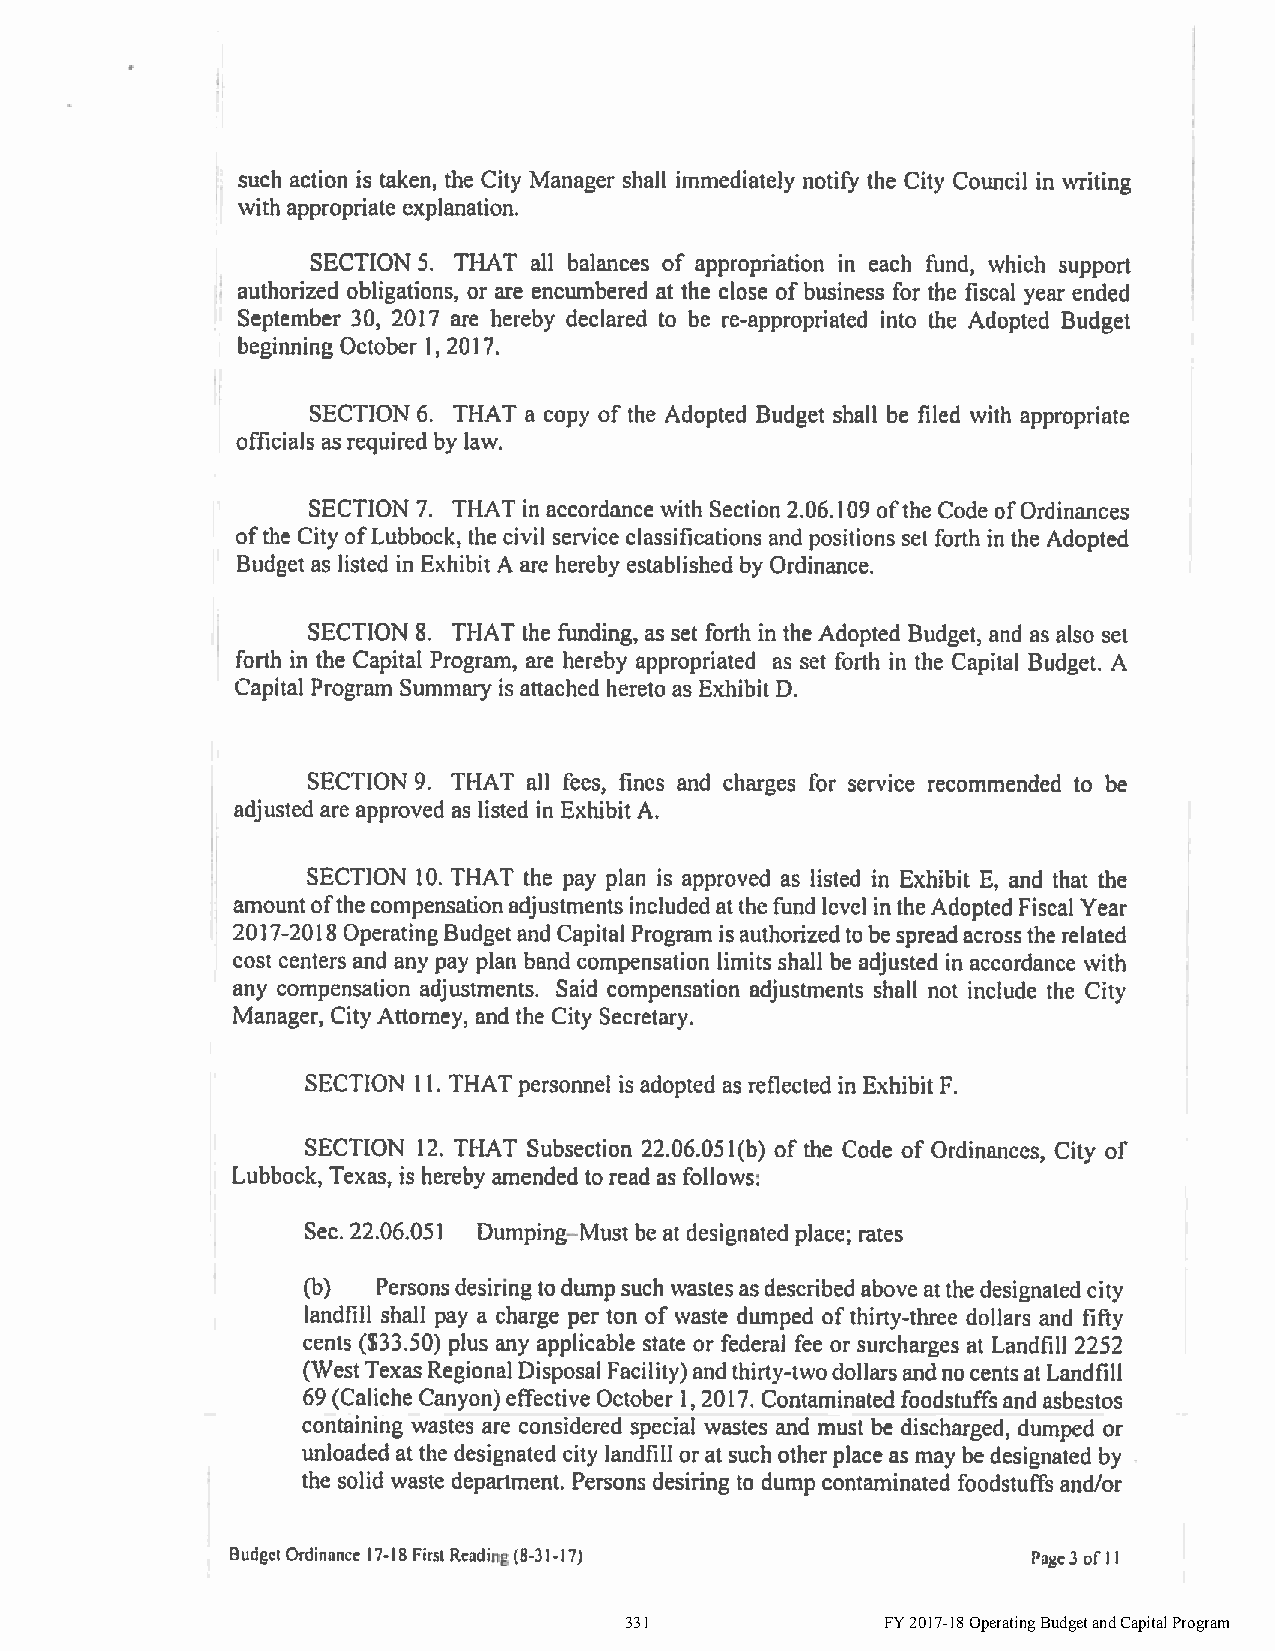
331               FY 2017-18 Operating Budget and Capital Program